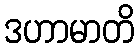
ဒဟာမာတိ